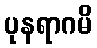
ပုနရာဂမိ